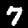
Label: 7